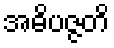
အဓိပဇ္ဇတိ